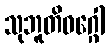
သုဘူတိဝဂ္ဂေါ